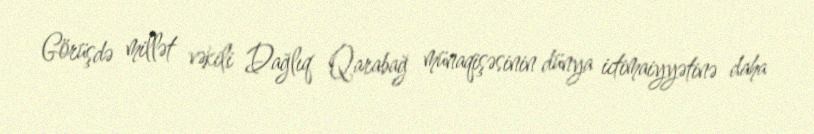
Görüşdə millət vəkili Dağlıq Qarabağ münaqişəsinin dünya ictimaiyyətinə daha